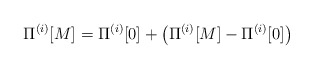
\begin{align*}\Pi^{(i)}[M] = \Pi^{(i)}[0] + \left( \Pi^{(i)}[M]-\Pi^{(i)}[0] \right)\end{align*}